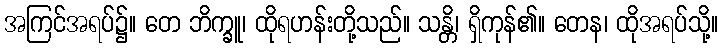
အကြင်အရပ်၌။ တေ ဘိက္ခူ၊ ထိုရဟန်းတို့သည်။ သန္တိ၊ ရှိကုန်၏။ တေန၊ ထိုအရပ်သို့။